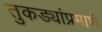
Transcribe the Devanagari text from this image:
तुकड्यांप्रमाणे